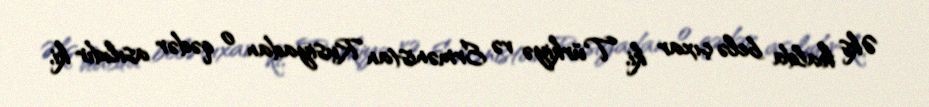
Əks halda belə çıxar ki, Türkiyə və Ermənistan Rusiyadan o qədər asılıdır ki,